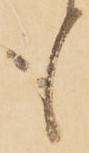
も